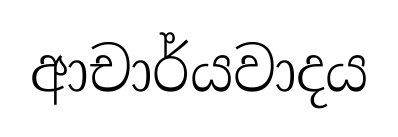
ආචාර්යවාදය